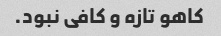
کاهو تازه و کافی نبود.